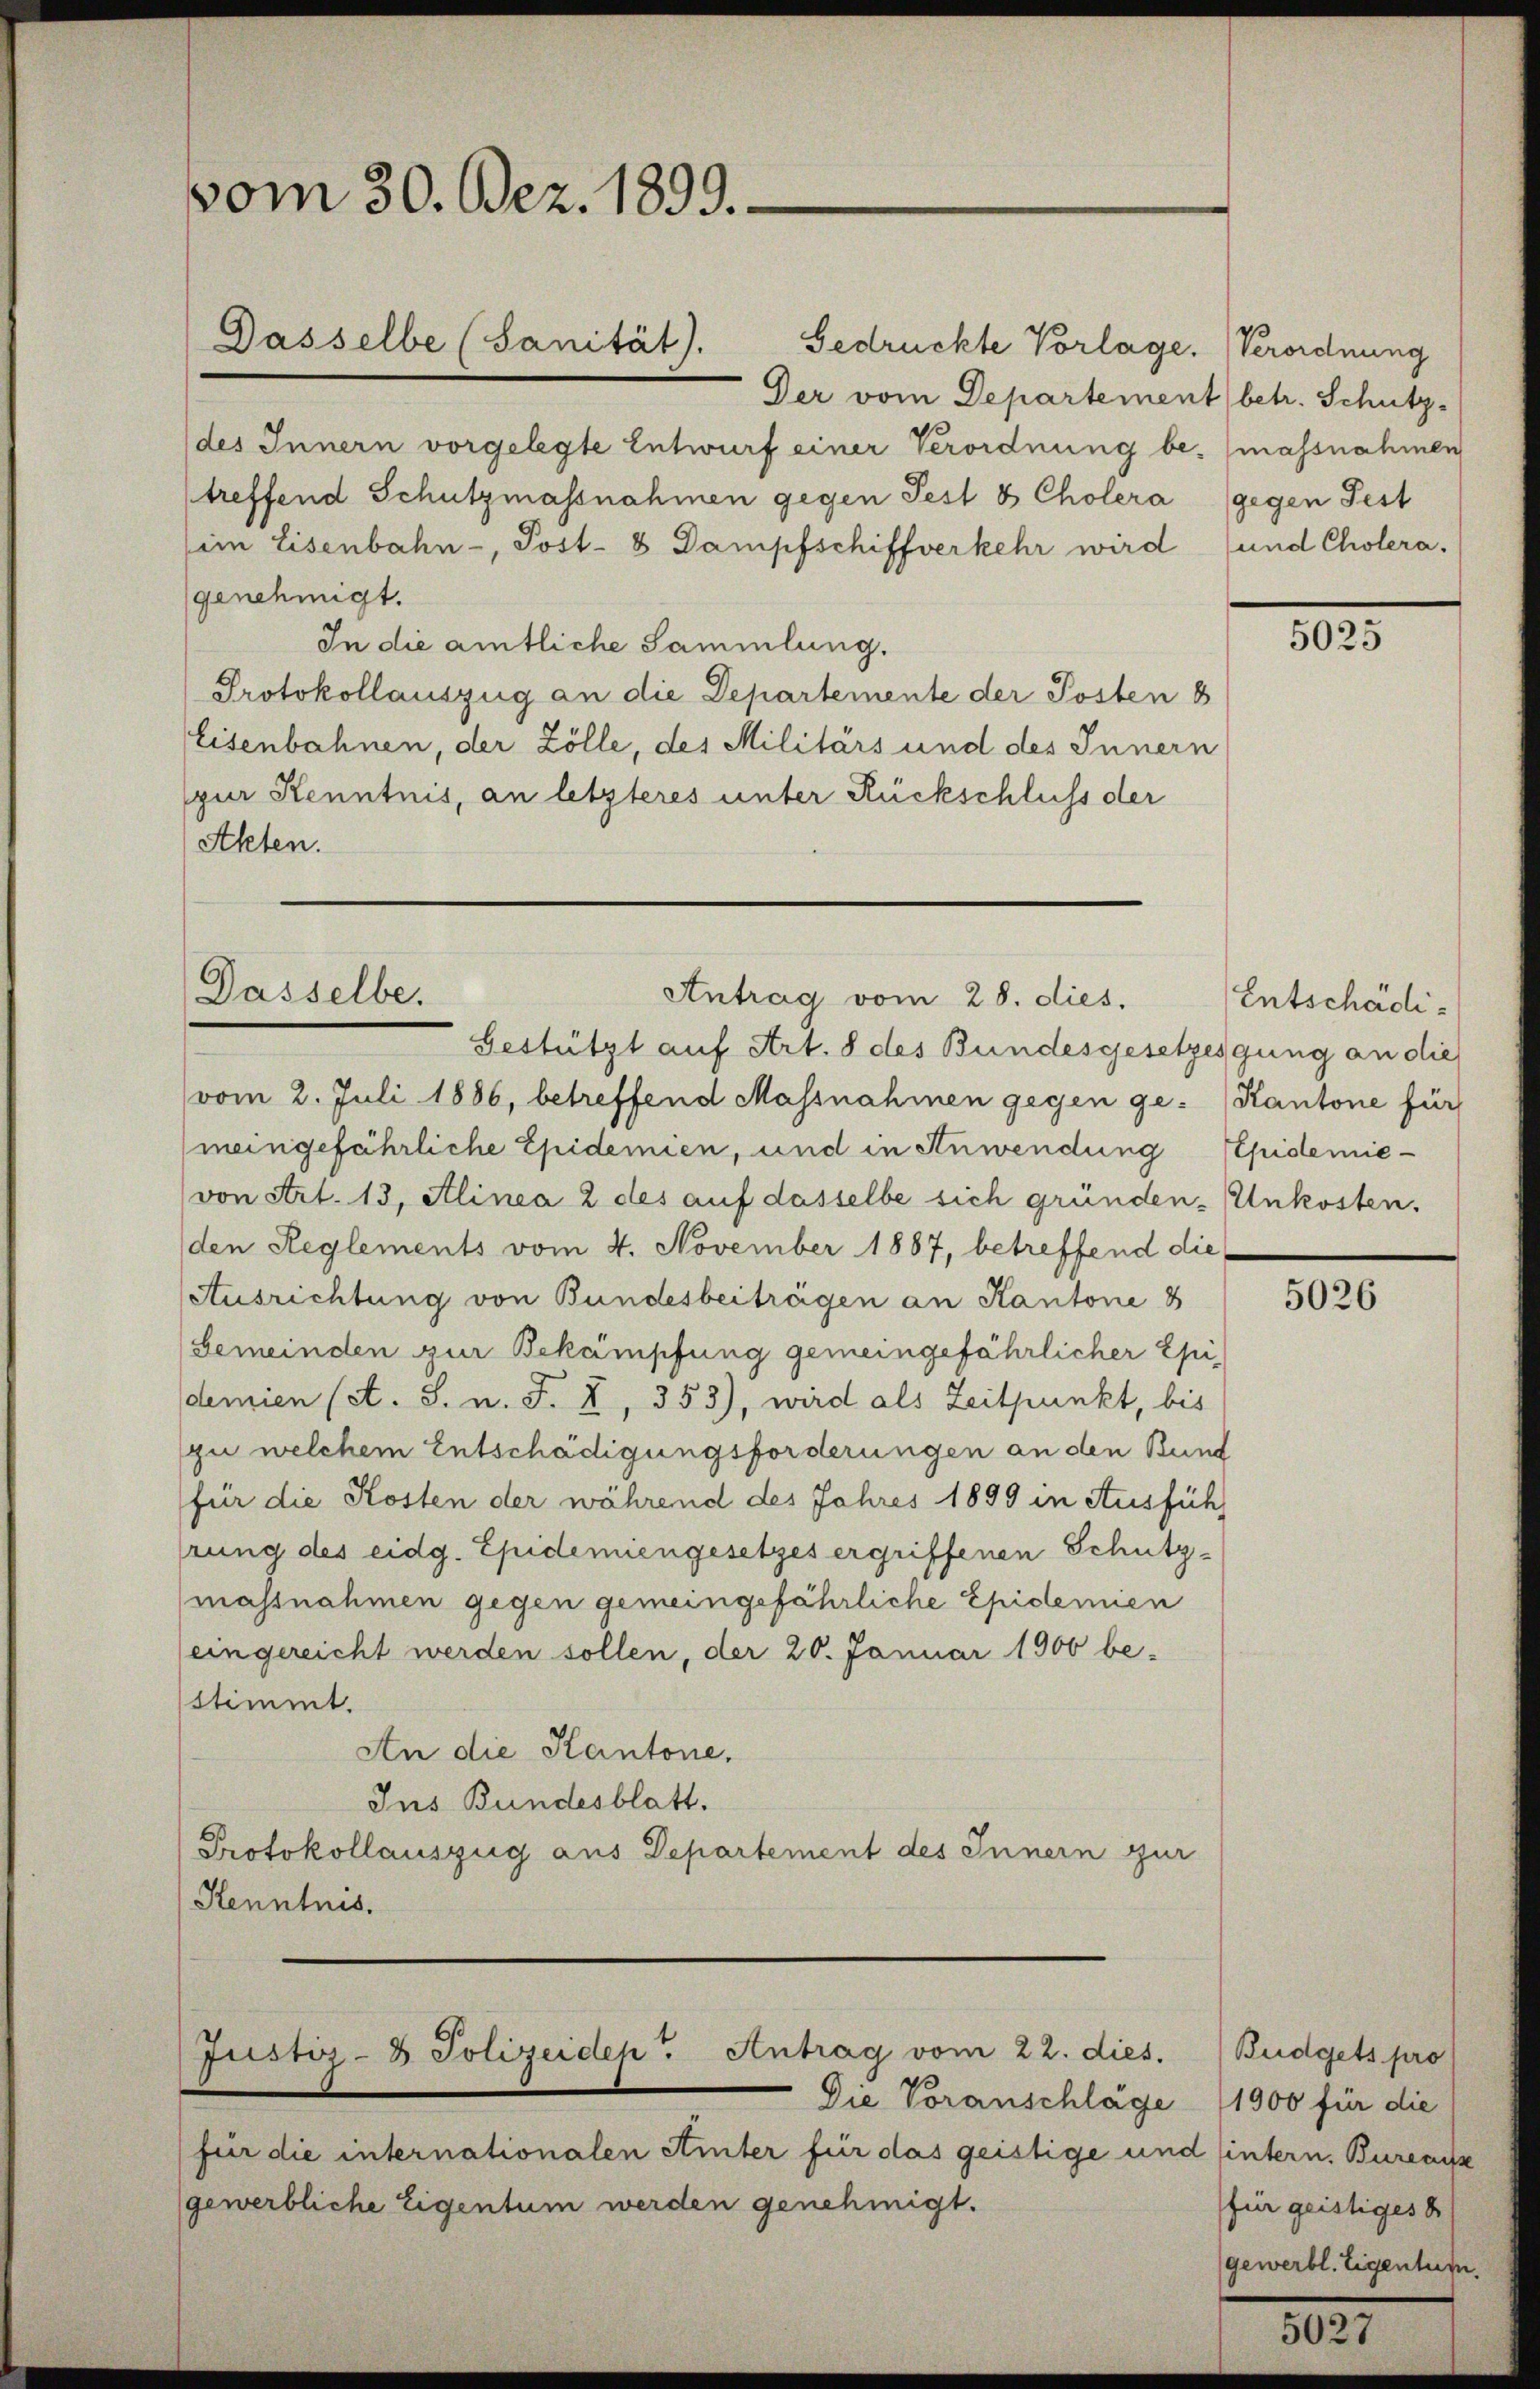
vom 30. Dez. 1899.

Dasselbe (Sanität). Gedrückte Vorlage. Verordnung
Der vom Departement (betr. Schutz-
(des Innern vorgelegte Entwurf einer Verordnung be- (massnahmen
treffend Schutzmassnahmen gegen Fest 8 Cholera gegen Fest
im Eisenbahn-, Post- 8 Dampfschiffverkehr wird (und Cholera,
genehmigt.
In die amtliche Sammlung.
Protokollauszug an die Departemente der Posten 8
Eisenbahnen, der Zölle, des Militärs und des Innern
pur Kenntnis, an letzteres unter Rückschluss der
Akten.

Dasselbe.

Antrag vom 28. dies.

Gestützt auf Art. 8 des Bundesgesetzesgung an die
vom 2. Juli 1886, betreffend Massnahmen gegen ge-Kantone für
(meingefährliche Epidemien, und in Anwendung Epidemie-
(von Art. 13, Alinea 2 des auf dasselbe sich gründen Unkosten.
den Reglements vom 4. November 1887, betreffend die
Ausrichtung von Bundesbeiträgen an Kantone 8
Gemeinden zur Bekämpfung gemeingefährlicher Epi
demien (lt. S. n. F. I, 353), wird als Zeitpunkt, bis
zu welchem Entschädigungsforderungen an den Bund
für die Kosten der während des Jahres 1899 in Ausführ
rung des eidg. Epidemiengesetzes ergriffenen Schutz¬
(massnahmen gegen gemeingefährliche Epidemien
eingereicht werden sollen, der 20. Januar 1900 be-
stimmt.
An die Kantone.
Ins Bundesblatt.
Protokollauszug aus Departement des Innern zur
Kenntnis.

Justiz- & Polizeiden Antrag vom 22. dies. Budgets pro

Die Voranschläge (1900 für die
für die internationalen Einter für das geistige und sintern. Bureaus
gewerbliche Eigentum werden genehmigt.

1835.

Entschädi¬

5026

für geistiges d
gewerbl. Eigentum.